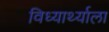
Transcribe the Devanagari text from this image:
विध्यार्थ्याला